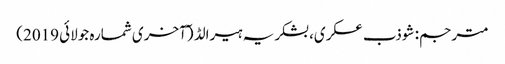
مترجم: شوذب عسکری، بشکریہ ہیرالڈ (ٓآخری شمارہ جولائی 2019)